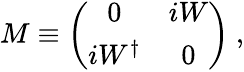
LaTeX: M\equiv\left(\begin{array}{cc}{{0}}&{{iW}}\\ {{iW^{\dagger}}}&{{0}}\end{array}\right)\ ,